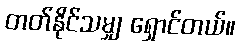
တတ်နိုင်သမျှ ရှောင်တယ်။